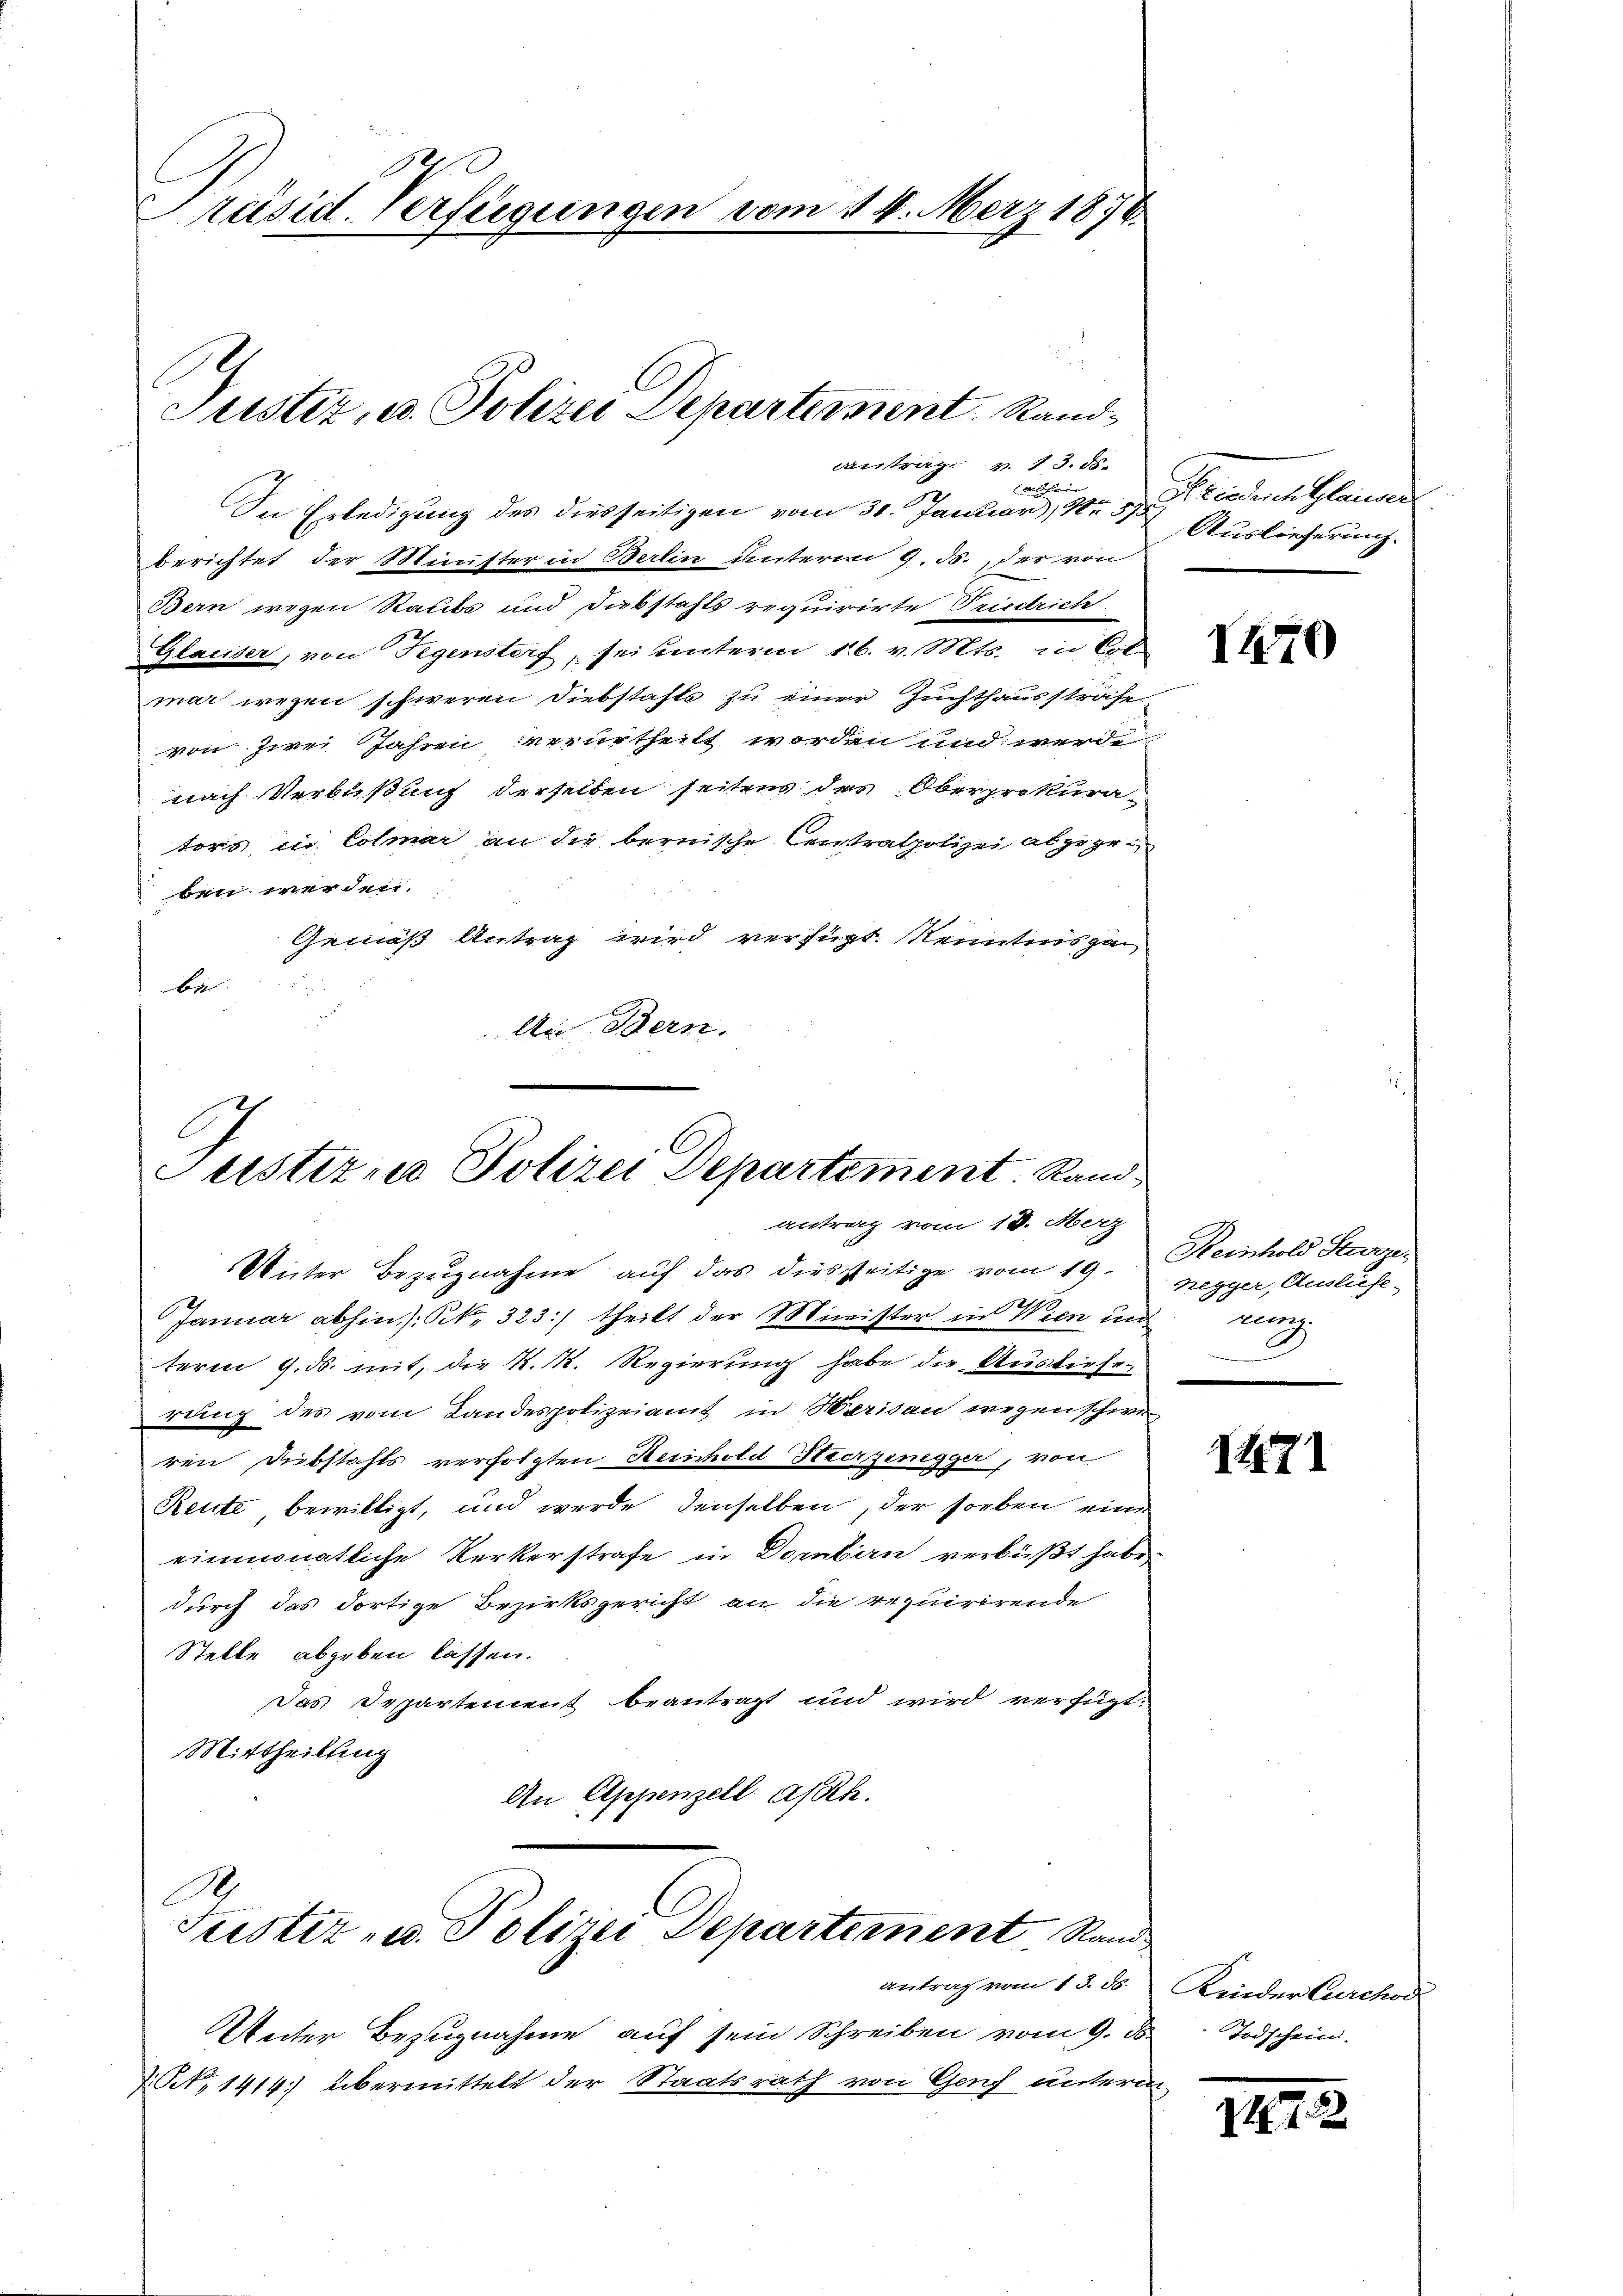
Präsid Verfeigungen vom 14. Merz 1870.

Justiz, u. Polizei Departement. Rand¬
Antrag v. 13. ds.

alche
2
In Erledigung des diesseitigen vom 31. Januar, u. inderch Glauber
berichtet der Minister in Berlin unterm 9. ds. der von
Bern wegen Raubs und Diebstahls requirirte Friedrich
Glauser, von Gegensteif, sei unterm 16. v. Mts. in Col
mar wegen schweren Diebstahls zu einer Zuchthaussträfe
von zwei Jahren verurtheilt worden und werden
nach Verbüßung derselben seiten der Oberprokurators in Colmar an die bernische Constratpolizei abgegen
ben werden,
Gemäß Antrag wird verfügt. Kenntnis ga
bei
An Bern.

Justirne Polizei Departement. Rand
antrag vom 18. Merz

Unter Bezugnahme auf das diesseitige vom 19. Heinhold Sere¬
Januar abhin (S. 323) theilt der Minister in Wien un
term 9. ds. mit, die K. K. Regierung habe die Auslieferung des vom Landespolizeiamt in Herisau wegen schwer
ren Diebstahls verfolgten Heinhold Heerzinegger, von
Reute, bewilligt, und werde denselben, der soeben eine
einmonatliche Kerkerstrafe in Dombern verbüßt habe,
durch das dortige Bezirksgericht an die requirirende
Stelle abgeben lassen.
Das Departement beantragt und wird verfügt:
Mittheilung
An Appenzell auch.
A
Justiz- u. Polizei Departement Rand
antrag vom 13. ds.
Weiter Bezugnahme auf sein Schreiben vom 9. d.
7. Oct. 1414) übermittelt der Staatsrath von Genf untern

Auslieferung.

I270

negger, Ausluft-
mag.

t

1471

Kinder Carchod
Todschein.

117